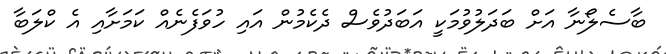
ބާސެލޯނާ އަށް ބަދަލުވުމަކީ އަބަދުވެސް ދެކެމުން އައި ހުވަފެނެއް ކަމަށާއި އެ ކްލަބާ